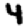
Digit: 4